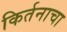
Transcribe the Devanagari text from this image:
किर्तनाचा